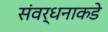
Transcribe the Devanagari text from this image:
संवर्धनाकडे